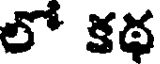
లో కథ